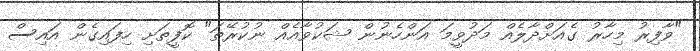
"ވާފިރު މިހާރު ގެއަށްދާލެއް މަދުވީމަ އަންހެނުން ޝަކުވާއެއް ނުކުރޭތަ" ކޮފީތަށި ހިފައިގެން އައިސް